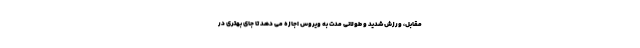
مقابل، ورزش شدید و طولانی مدت به ویروس اجازه می دهد تا جای بهتری در